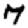
Digit: 7